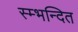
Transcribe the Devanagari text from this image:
स्म्भन्दित